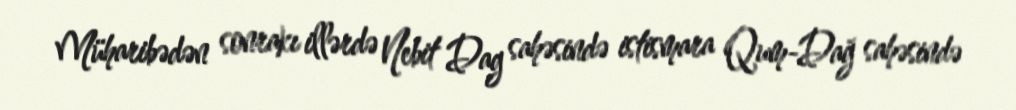
Müharibədən sonrakı illərdə Nebit Dag sahəsində istismara Qum-Dağ sahəsində